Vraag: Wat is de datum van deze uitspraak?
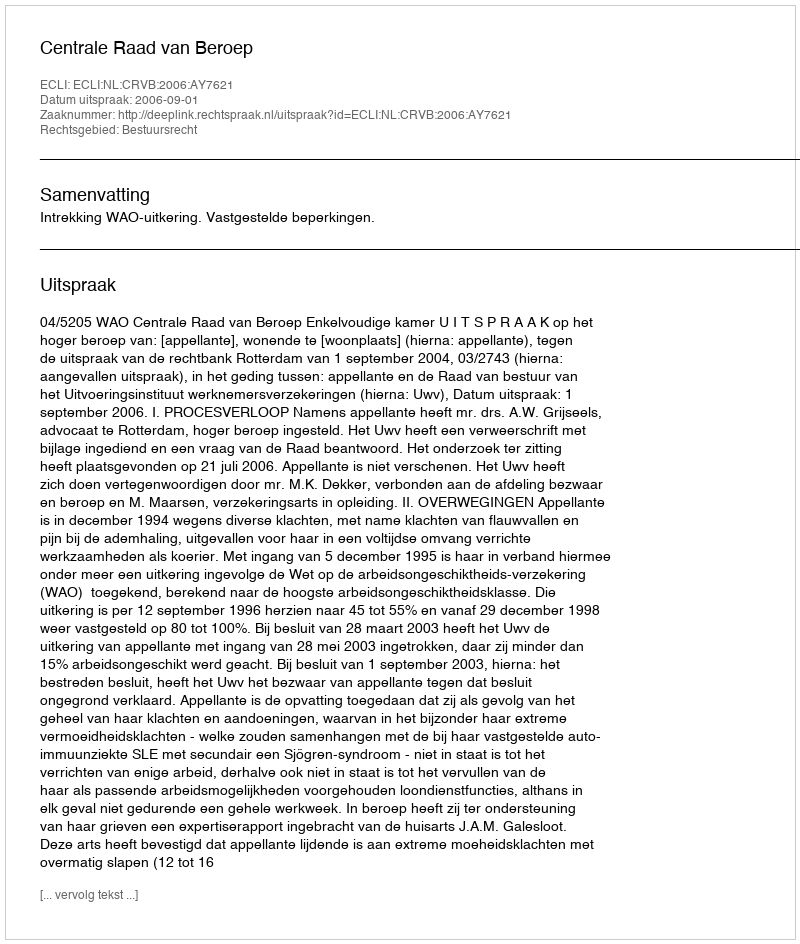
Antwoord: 2006-09-01